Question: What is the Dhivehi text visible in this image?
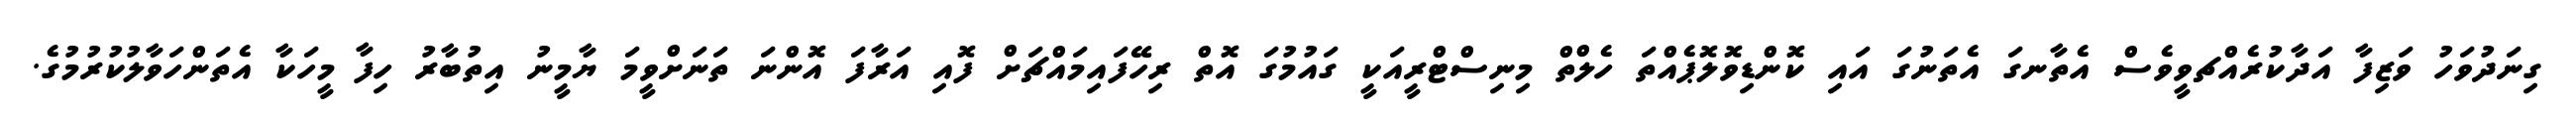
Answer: ގިނަދުވަހު ވަޒިފާ އަދާކުރެއްޗވީވެސް އެތާނގަ އެތަނުގަ އައި ކޮންޑިވޮލޮޕެއްތަ ހެލްތް މިނިސްޓްރީއަކީ ގައުމުގަ އޮތް ރިހޭފައިމައްޗަށް ފޮއި އަރާފަ އޮންނަ ތަނަށްވީމަ ޔާމީނު އިތުބާރު ހިފާ މީހަކާ އެތަންހަވާލުކުރުމުގެ.